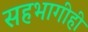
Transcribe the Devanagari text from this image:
सहभागीही